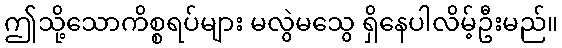
ဤသို့သောကိစ္စရပ်များ မလွဲမသွေ ရှိနေပါလိမ့်ဦးမည်။